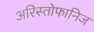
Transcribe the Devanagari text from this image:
अरिस्तोफानिज